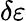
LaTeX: \delta\varepsilon